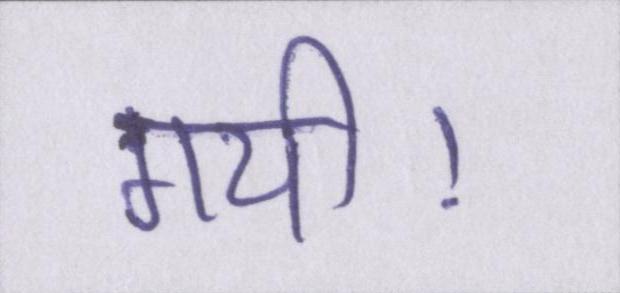
गयी।